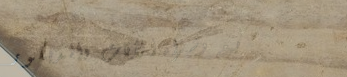
بيع وشراء الأثاث والديكور